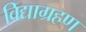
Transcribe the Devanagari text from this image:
विद्याग्रहण